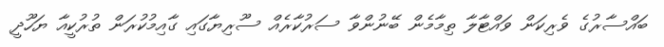
ބައްސާރުގެ ވެރިކަން ވައްޓާލާ ތިމާމެން ބޭނުންވާ ސަރުކާރެއް ސޫރިޔާގައި ގާއިމުކުރަން ތުރުކީއާ ޔަހޫދީ